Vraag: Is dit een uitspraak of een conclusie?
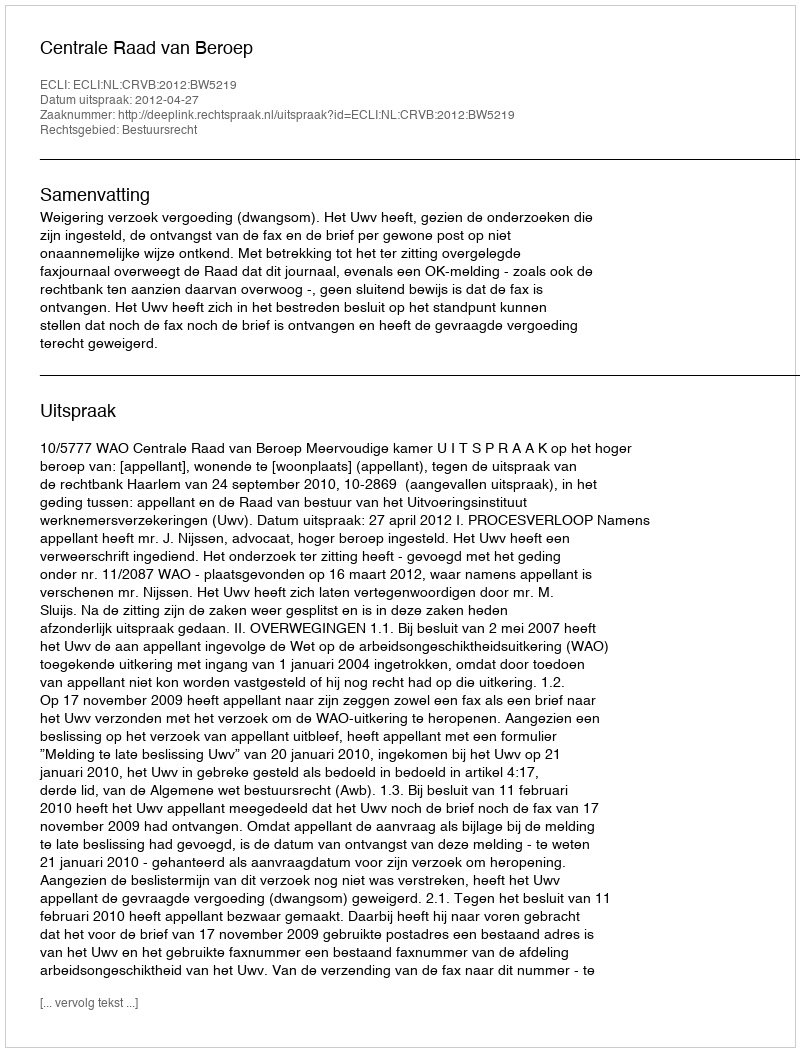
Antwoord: Uitspraak